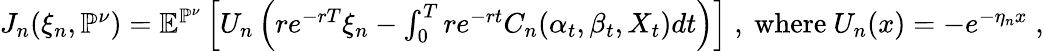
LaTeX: \begin{array}{r}{J_{n}(\xi_{n},\mathbb{P}^{\nu})=\mathbb{E}^{\mathbb{P}^{\nu}}\left[U_{n}\left(re^{-rT}\xi_{n}-\int_{0}^{T}re^{-rt}C_{n}(\alpha_{t},\beta_{t},X_{t})dt\right)\right]\; ,\mathrm{~where~}U_{n}(x)=-e^{-\eta_{n}x}\; ,}\end{array}